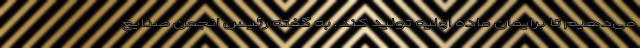
می‌دهیم تا برایمان ماده اولیه تولید کند. به گفته رئیس انجمن صنایع